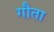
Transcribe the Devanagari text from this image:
गौता